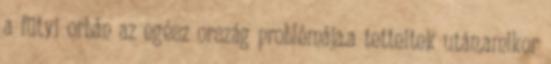
a fütyi orbán az egész ország problémája.a tetteitek után,amikor